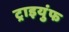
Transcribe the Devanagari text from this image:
ट्राइयुंफ